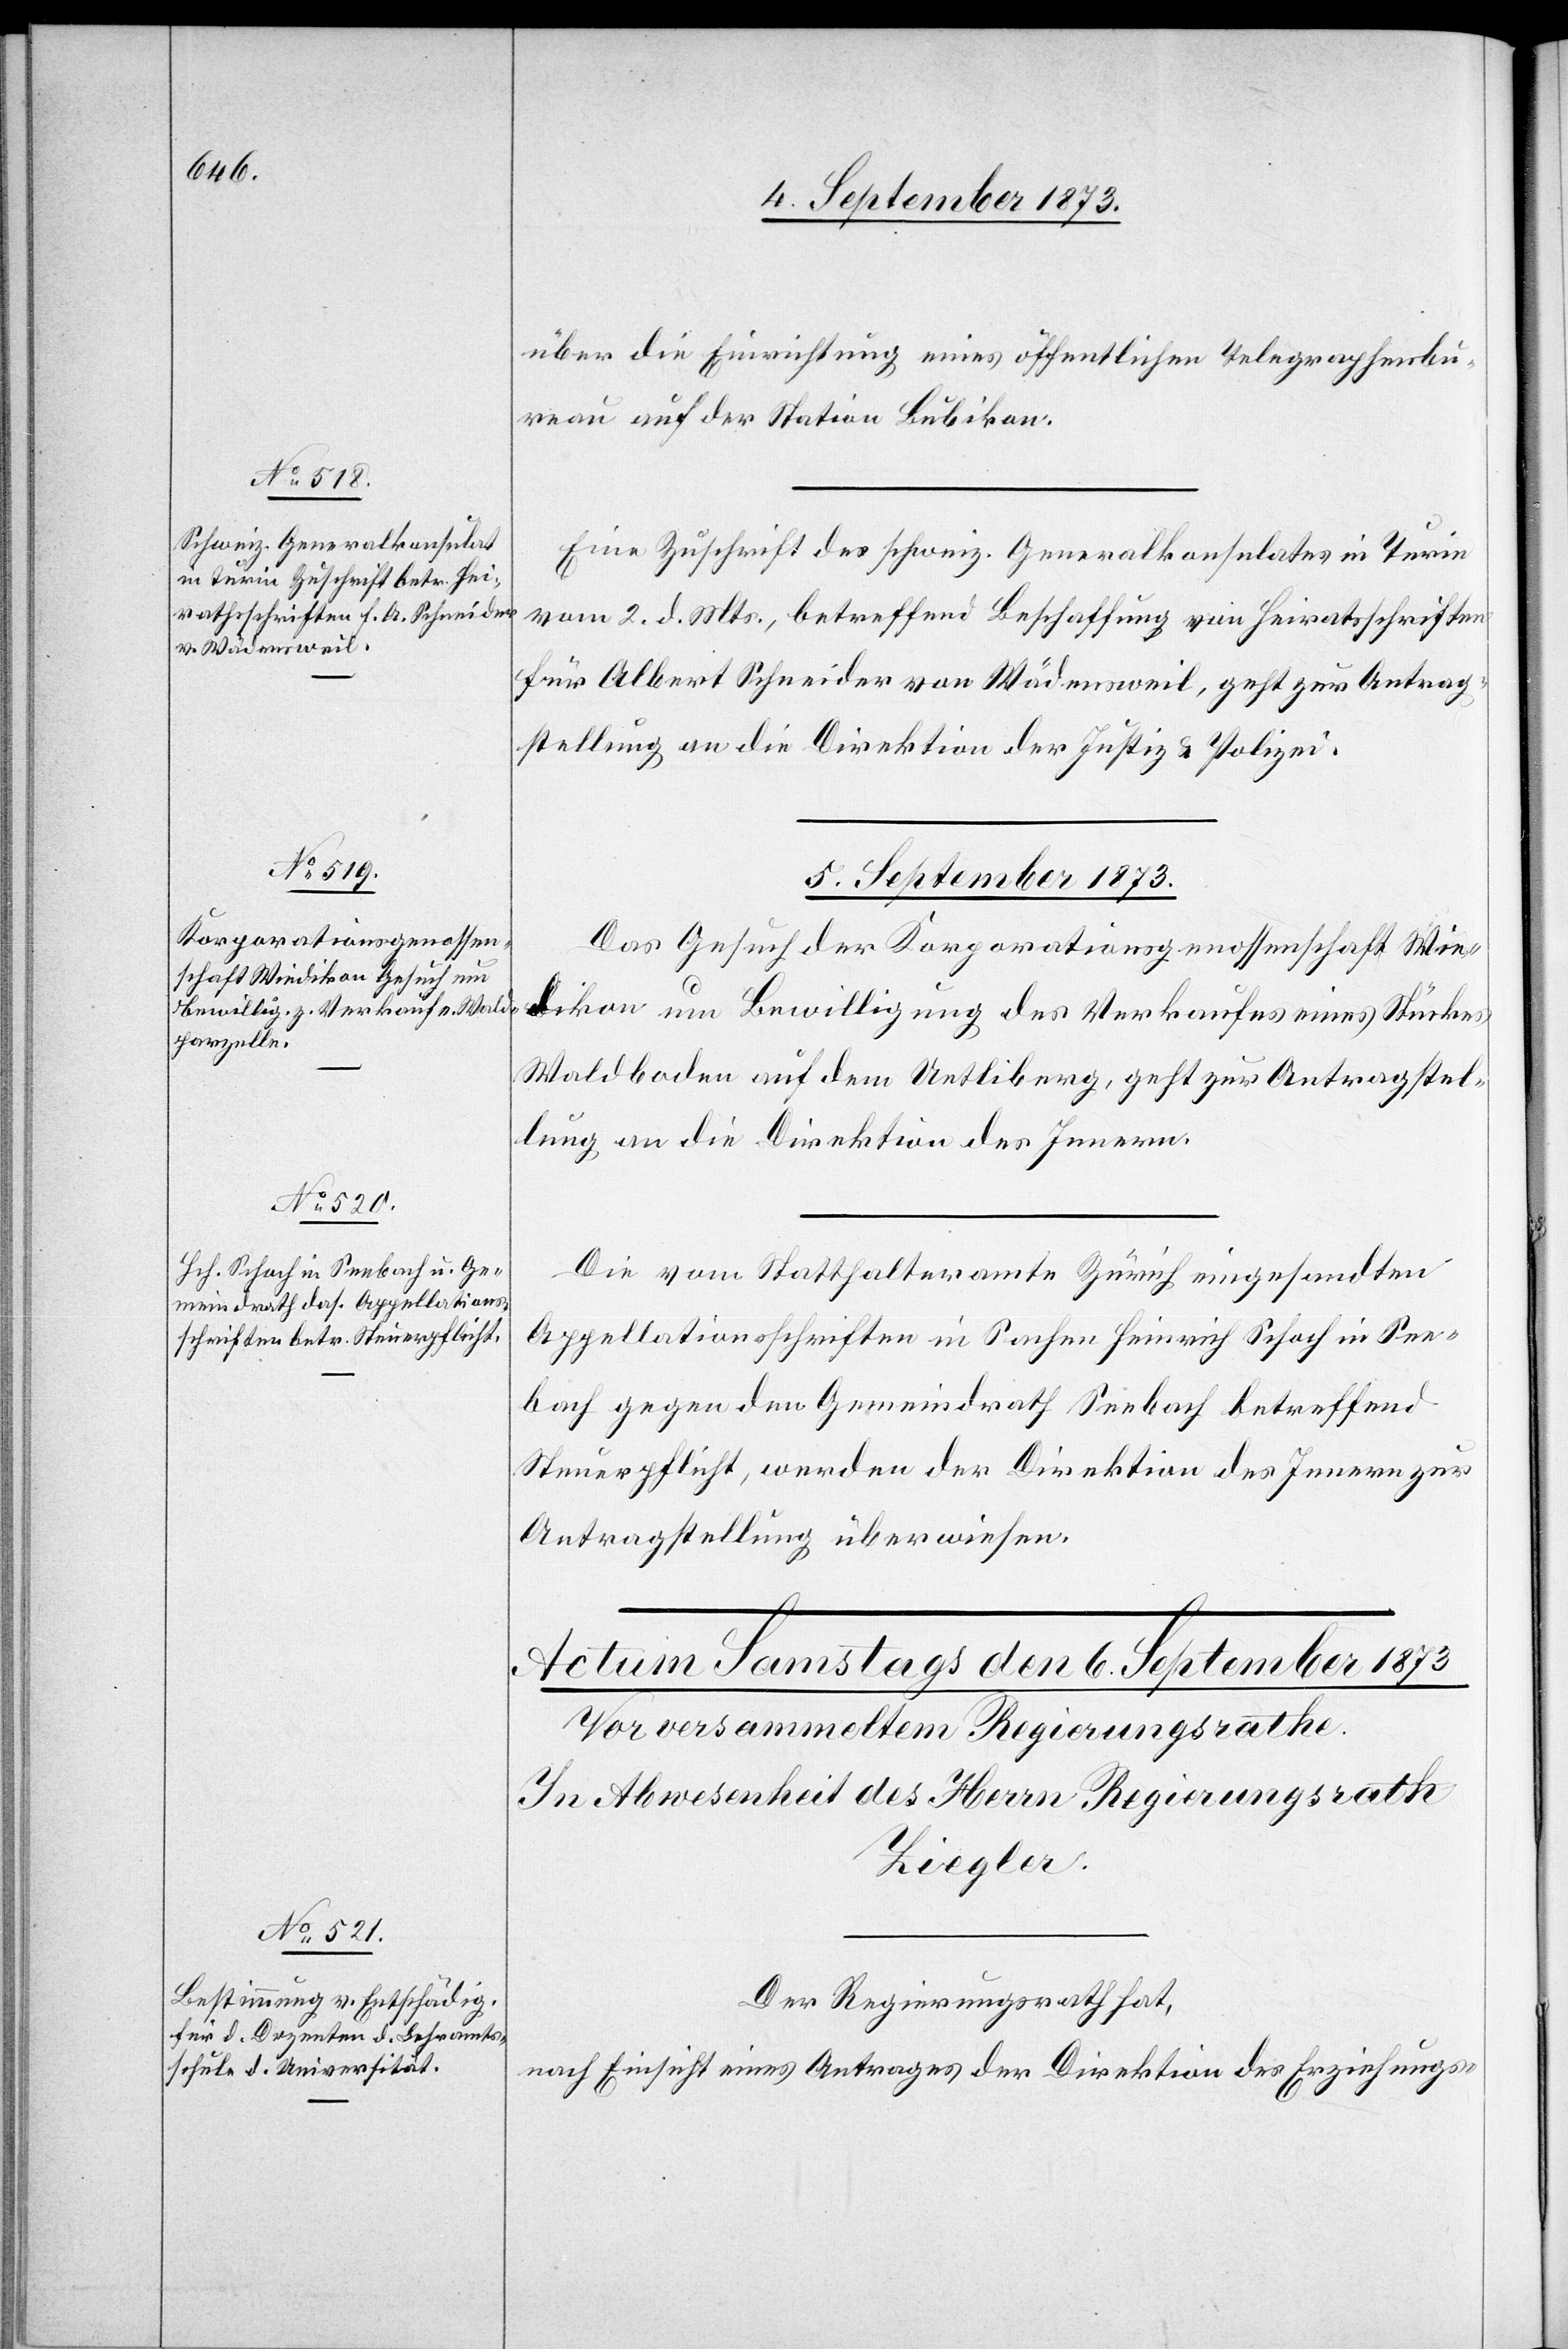
4. September 1873.]
über die Einrichtung eines öffentlichen Telegraphenbu¬
reau auf der Station Bubikon.
Eine Zuschrift des schweiz. Generalkonsulates in Turin
vom 2. d. Mts., betreffend Beschaffung von Heiratsschriften
für Albert Schneider von Wädensweil, geht zur Antrag¬
stellung an die Direktion der Justiz & Polizei.
5. September 1873.]
Das Gesuch der Korporationsgenossenschaft Wie¬
dikon um Bewilligung des Verkaufes eines Stückes
Waldboden auf dem Uetliberg, geht zur Antragstel¬
lung an die Direktion des Innern.
Die vom Statthalteramte Zürich eingesandten
Appellationsschriften in Sachen Heinrich Schoch in See¬
bach gegen den Gemeindrath Seebach betreffend
Steuerpflicht, werden der Direktion des Innern zur
Antragstellung überwiesen.
Der Regierungsrath hat,
nach Einsicht eines Antrages der Direktion des Erziehungs-